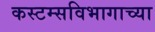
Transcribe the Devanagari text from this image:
कस्टम्सविभागाच्या